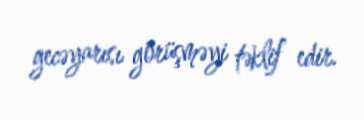
gecəyarısı görüşməyi təklif edir.